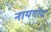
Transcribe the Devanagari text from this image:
नायगोद